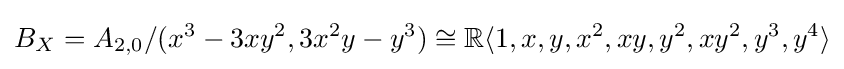
B_{X}=A_{2,0}/(x^{3}-3xy^{2},3x^{2}y-y^{3})\cong \mathbb {R} \langle 1,x,y,x^{2},xy,y^{2},xy^{2},y^{3},y^{4}\rangle